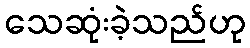
သေဆုံးခဲ့သည်ဟု